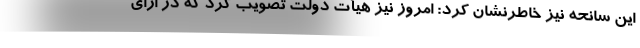
این سانحه نیز خاطرنشان کرد: امروز نیز هیأت دولت تصویب کرد که در ازای